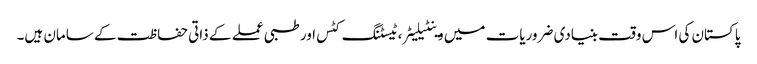
پاکستان کی اس وقت بنیادی ضروریات میں وینٹیلیٹر، ٹیسٹنگ کٹس اور طبی عملے کے ذاتی حفاظت کے سامان ہیں۔